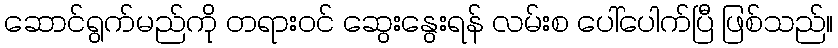
ဆောင်ရွက်မည်ကို တရားဝင် ဆွေးနွေးရန် လမ်းစ ပေါ်ပေါက်ပြီ ဖြစ်သည်။